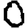
Digit: 0